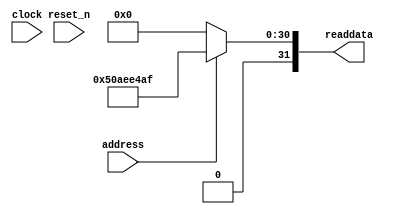
//Legal Notice: (C)2010 Altera Corporation. All rights reserved.  Your
//use of Altera Corporation's design tools, logic functions and other
//software and tools, and its AMPP partner logic functions, and any
//output files any of the foregoing (including device programming or
//simulation files), and any associated documentation or information are
//expressly subject to the terms and conditions of the Altera Program
//License Subscription Agreement or other applicable license agreement,
//including, without limitation, that your use is for the sole purpose
//of programming logic devices manufactured by Altera and sold by Altera
//or its authorized distributors.  Please refer to the applicable
//agreement for further details.

// synthesis translate_off
`timescale 1ns / 1ps
// synthesis translate_on

// turn off superfluous verilog processor warnings 
// altera message_level Level1 
// altera message_off 10034 10035 10036 10037 10230 10240 10030 

module de2_115_WEB_Qsys_sysid (
               // inputs:
                address,
                clock,
                reset_n,

               // outputs:
                readdata
             )
;

  output  [ 31: 0] readdata;
  input            address;
  input            clock;
  input            reset_n;

  wire    [ 31: 0] readdata;
  //control_slave, which is an e_avalon_slave
  assign readdata = address ? 1353639087 : 0;

endmodule